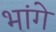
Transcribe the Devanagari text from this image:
भांगे